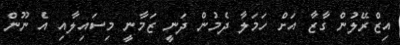
އިޒްރޭލުން ގާޒާ އަށް ހަމަލާ ދެމުން ދަނީ ޒަމާނީ މިސައިލާއި އެ ނޫން